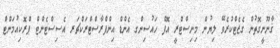
ޤާނޫނީގޮތުން ގެޒެޓްކުރެވޭ ލިޔުން މިނިސްޓްރީ އޮފް ހައުސިންގ އެންޑް އިންފްރާސްޓްރަކްޗަރ އެސިސްޓެންޓް ޕްރޮކިއުމަންޓް